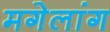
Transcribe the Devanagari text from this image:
मगेलांग